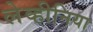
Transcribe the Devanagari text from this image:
लेव्हीनिया